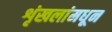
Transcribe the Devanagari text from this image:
शृंखलांमधून